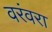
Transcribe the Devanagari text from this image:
वरंवरा